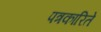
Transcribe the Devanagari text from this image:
पत्रकारिते